Vaabina_vallavalitsus, lk 135
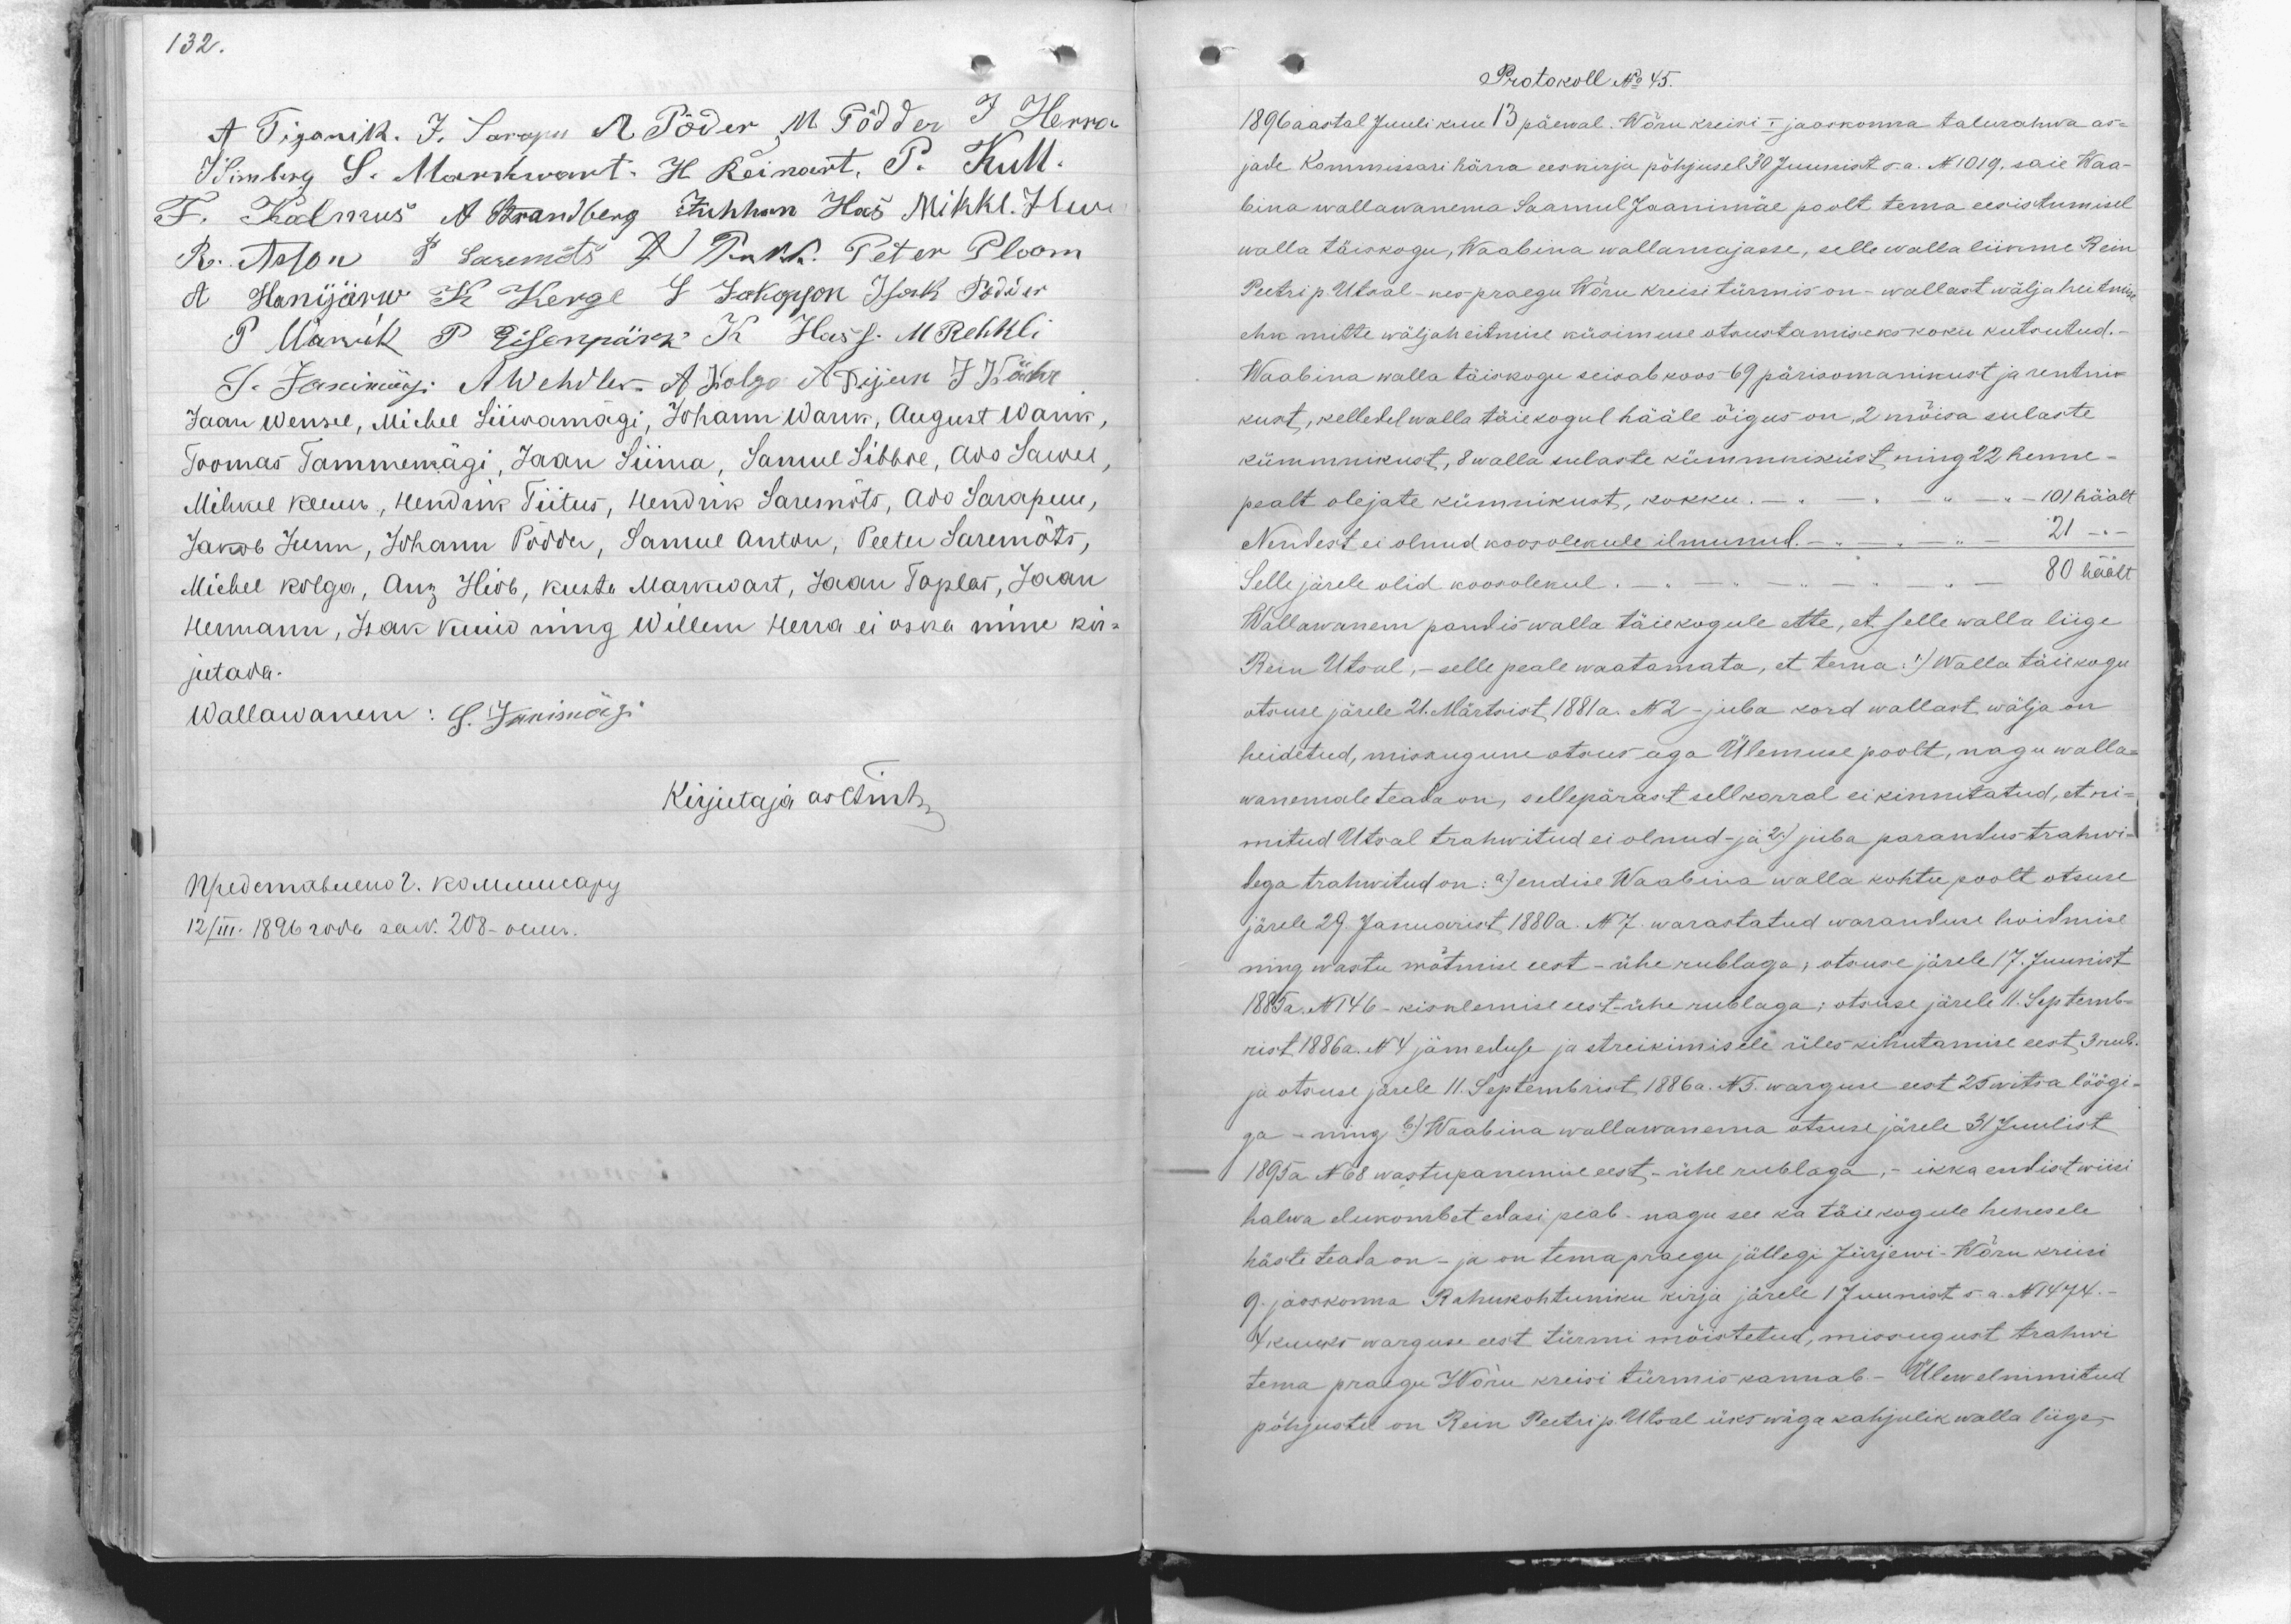
132.

A Tiganik. J. Sarapu A. Põder, M. Pödder J Herra
J Simberg S. Markwart. H. Reinart, P. Kull.
F. Kalmus A. Strandberg Juhhan Has Mihki. Jluri
R. Asson P Saremõts J Pukk. Peter Ploom
A Hanijärw K Kerge J Jakopson Issaak Põdder
P Warrik P Eisenpärk K Hansf. M Rehkli
S. Janimägi A Wehdler, A. Kolga A. Rijem J Kähr
Jaan Wensel, Michel Liiwamagi, Johann Warik, August Warik,
Toomas Tammemägi, Jaan Liima, Samuel Sibbre, Ado Sawel,
Mihkel kauur, Hendrik Tiitus, Hendrik Saremõts, Ado Sarapuu,
Jakob Juun, Johann Põdder, Samuel Anton, Peeter Saremõts,
Michel kolga, Aug Hiob, Kusti Markwart, Jaan Taplas, Jaan
Hermann, Isak kuiu ning Willem Herra ei oska nime kir-
jutada.
Wallawanem: S. Janimägi
Kirjutaja asetink,
предетавемо? Коммисару
12/III. 1896 rode saw. 208 - ouur.

Protokoll No 45.
1896 aastal Juuli kuu 13 päewal. Wõru kreisi I jaoskonna talurahwa as-
jade Kommissari härra eeskirja põhjusel 30 Juunist s.a. N1019 saie Waa-
bina wallawanema Saamul Jaanimäe poolt tema eesistumisel
walla täiskogu, Waabina wallamajasse, selle walla liikme Rein
Peetri p. Utsal- kes praegu Wõru kreisi türmis on - wallast wälja heitmist
ehk mitte wäljaheitmine küsimuse otsustamiseks koku kutsutud.
Waabina walla täiskogu seisab koos - 69 pärisomanikust ja rentnik-
kust, kelledel walla täiekogul hääle õigus on, 2 mõisa sulaste
kümnikust, 8 walla sulaste kümnikust ning 22 henne-
pealt olejate kümnikust, kokku. - . - . - . - . - 101 häält
Nendest ei olnud koosolekule ilmunud. - . - . - . - 21 - . -
Selle järele olid koosolekul. - . - . - . - . - . - 80 häält
Wallawanem pandis walla täiekogule ette, et selle walla liige
Rein Utsal, - selle peale waatamata, et tema 1) Walla täie kogu
otsuse järele 21. Märtsist, 1881 a. N2 - juba kord wallast wälja on
heidetud, missugune otsus aga Ülemuse poolt, nagu walla-
wanemale teada on, sellepärast sell korral ei kinnitatud, et ni-
mitud Utsal trahwitud ei olnud - ja 2). juba parandus trahwi-
dega trahwitud on: a) endise Waabina walla kohtu poolt otsuse
järele 29. Januarist 1880a. N 7. warastatud waranduse hoidmise
ning wastu wõtmise eest - ühe rublaga, otsuse järele 17. Juunist
1885a. N146 - kisklemise eest - ühe rublaga; otsuse järele 11. Septemb-
rist 1886 a. N4 jämeduse ja streikimisele üles kihutamise eest 3 rub.
ja otsuse järele 11. Septembrist, 1886 a. N5. warguse eest 25 witsa löögi-
ga - ning b.) Waabina wallawanema otsuse järele 31 Juulist
1895 a N68 wastupanemise eest, ühe rublaga, - ikka endist wiisi
halva elukombet edasi peab. nagu see ka täie kogule henesele
hästi teada on - ja on tema praegu jällegi Jürjewi - Wõru kreisi
9. jaoskonna Rahukohtuniku kirja järele 1 Juunist s.a. N1474.-
I kuuks warguse eest türmi mõistetud, missugust trahwi
tema praegu Wõru kreisi türmis kannab. Ülewalnimitud
põhjustel on Rein Peetri p. Utsal üks wäga kahjulik walla liige-